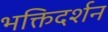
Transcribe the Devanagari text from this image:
भक्तिदर्शन